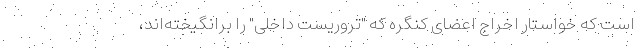
است که خواستار اخراج اعضای کنگره که "تروریست داخلی" را برانگیخته‌اند،